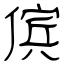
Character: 傧